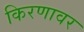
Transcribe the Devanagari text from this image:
किरणावर